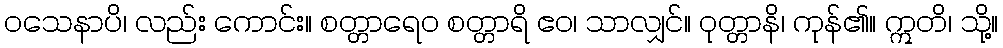
ဝသေနာပိ၊ လည်း ကောင်း။ စတ္တာရေဝ စတ္တာရိ ဧဝ၊ သာလျှင်။ ဝုတ္တာနိ၊ ကုန်၏။ ဣတိ၊ သို့။